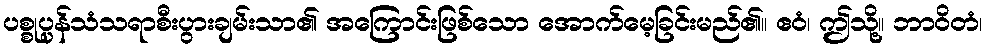
ပစ္စုပ္ပန်သံသရာစီးပွားချမ်းသာ၏ အကြောင်းဖြစ်သော အောက်မေ့ခြင်းမည်၏။ ဧဝံ၊ ဤသို့။ ဘာဝိတံ၊